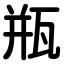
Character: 瓶